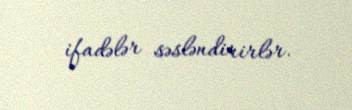
ifadələr səsləndirirlər.